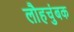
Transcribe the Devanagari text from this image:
लौहचुंबक